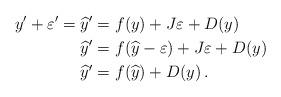
LaTeX: \begin{align*}y' + \varepsilon' = \widehat{y}' &= f(y) + J \varepsilon + D(y)\\\widehat{y}' &= f(\widehat{y}-\varepsilon) + J \varepsilon + D(y)\\\widehat{y}'&= f(\widehat{y}) + D(y)\,.\end{align*}